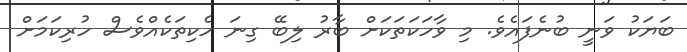
ބަޔަކު ވަނީ ބުނެފައެވެ. މި ވާހަކަތަކަށް ބާރު ލިބޭ ގިނަ ހެކިތަކެއްވެސް ހުރިކަމަށް